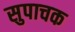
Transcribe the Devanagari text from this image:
सुपाचक